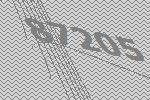
87205